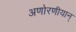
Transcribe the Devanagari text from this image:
अणोरणीयान्‌